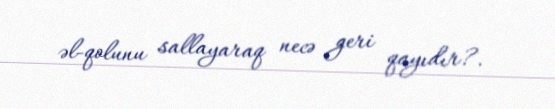
əl-qolunu sallayaraq necə geri qayıdır?.